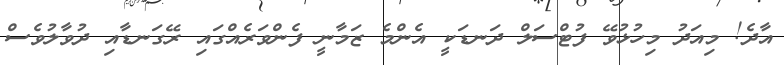
އާދެ! މިއަދު މިހުޅުވޭ ފުޓްސަލް ދަނޑަކީ އެންމެ ޒަމާނީ ފެންވަރެއްގައި ރޭގަނޑާއި ދުވާލުވެސް